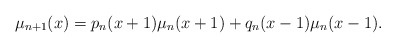
\begin{align*}\mu_{n+1}(x) = p_n(x+1)\mu_n(x+1) + q_n(x-1)\mu_n(x-1).\end{align*}